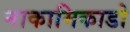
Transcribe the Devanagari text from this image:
नाकामिकाडो